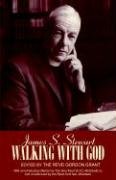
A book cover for Walking with God; James S. Stewart; Christian Books & Bibles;